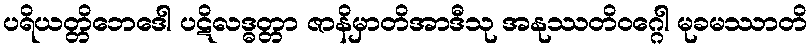
ပရိယတ္တိဘေဒေါ ပဋိလဒ္ဓတ္တာ ဇာနိမှာတိအာဒီသု အနုဿတိဝဂ္ဂေါ မုခမဿာတိ